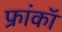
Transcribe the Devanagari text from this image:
फ्रांकॉ